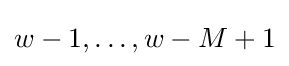
w-1,\ldots ,w-M+1